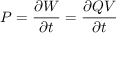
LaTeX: P = { \frac { \partial W } { \partial t } } = { \frac { \partial Q V } { \partial t } }